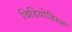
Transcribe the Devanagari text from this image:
विडियोडिस्क